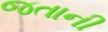
જતાની